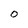
Character: 0